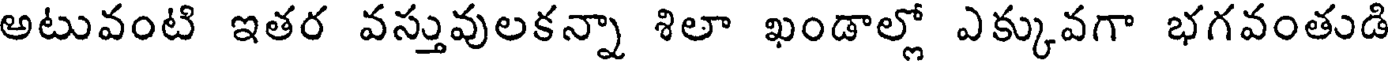
అటువంటి ఇతర వస్తువులకన్నా శిలా ఖండాల్లో ఎక్కువగా భగవంతుడి